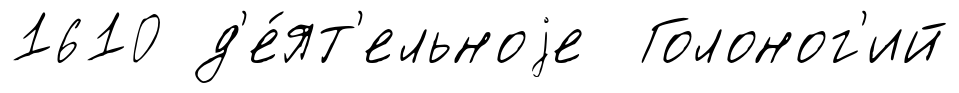
1610 д'е́ят'ельноjе Голоног'ий